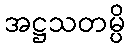
အဋ္ဌသတမ္ပိ